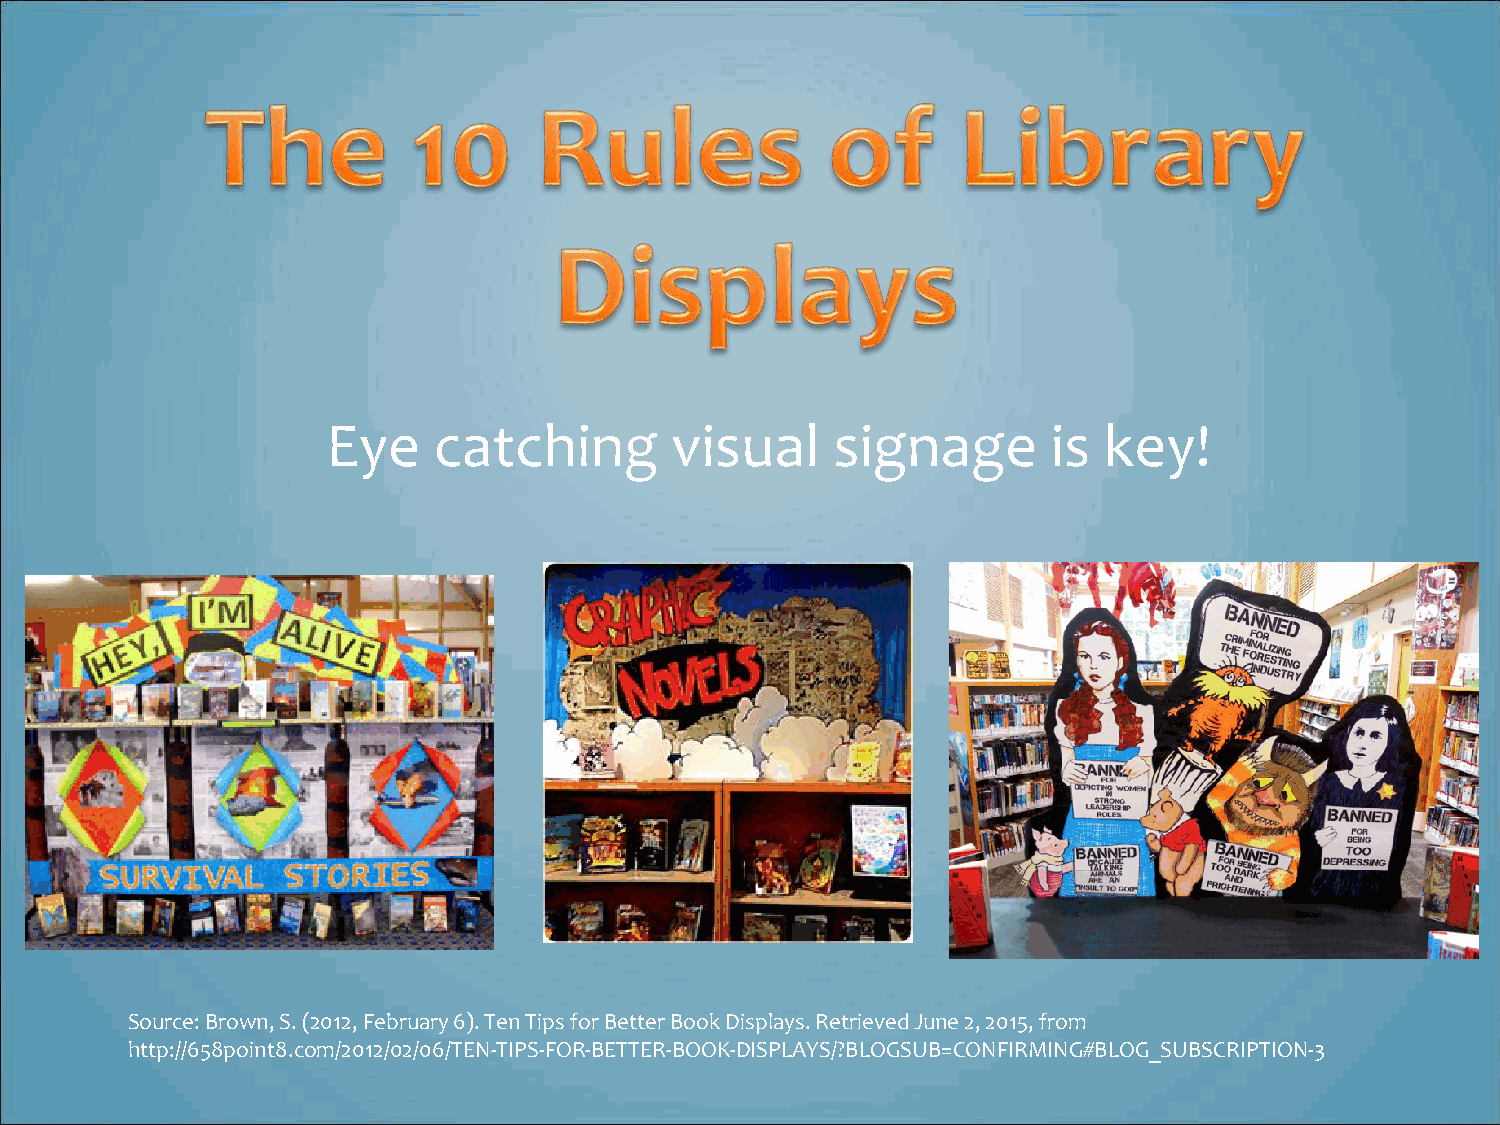
Eye    catching       visual     signage        is key!
 Source: Brown, S. (2012, February 6). Ten Tips for Better Book Displays. Retrieved June 2, 2015, from
 http://658point8.com/2012/02/06/TEN-TIPS-FOR-BETTER-BOOK-DISPLAYS/?BLOGSUB=CONFIRMING#BLOG_SUBSCRIPTION-3